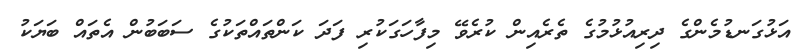
އަޅުގަނޑުމެންގެ ދިރިއުޅުމުގެ ތެރެއިން ކުރެވޭ މިފާހަގަކުރި ފަދަ ކަންތައްތަކުގެ ސަބަބުން އެތައް ބަޔަކު